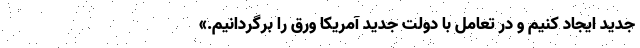
جدید ایجاد کنیم و در تعامل با دولت جدید آمریکا ورق را برگردانیم.»